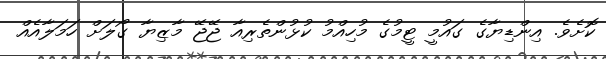
ކޮށެވެ. އިންޑިޔާގެ ގައުމީ ޓީމުގެ މުހިއްމު ކުޅުންތެރިއާ ޖޭޖޭ މާޒިޔާ ގޯލަށް ހަމަލާއެއް